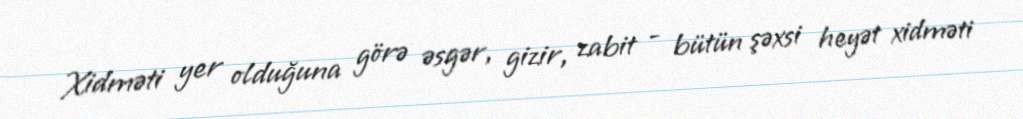
Xidməti yer olduğuna görə əsgər, gizir, zabit - bütün şəxsi heyət xidməti